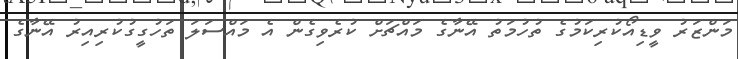
މަންޒަރު ވީޑިއޯކުރިކަމުގެ ތުހުމަތު އޭނާގެ މައްޗަށް ކުރެވިގެން އެ މައްސަލަ ތަހުގީގުކުރިއިރު އޭނާގެ